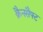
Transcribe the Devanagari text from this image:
क्रैनसैफ्ट